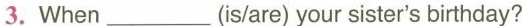
3. When ___(is/are) your sister's birthday?